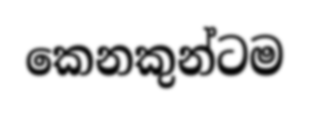
කෙනකුන්ටම